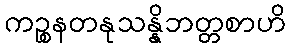
ကဉ္စနတနုသန္နိဘတ္တစာဟိ